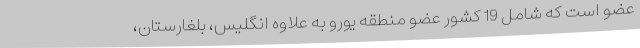
عضو است که شامل 19 کشور عضو منطقه یورو به علاوه انگلیس، بلغارستان،